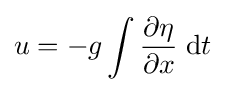
u=-g\int {\frac {\partial \eta }{\partial x}}\;\mathrm {d} t